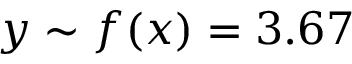
y \sim f ( x ) = 3 . 6 7